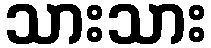
သားသား